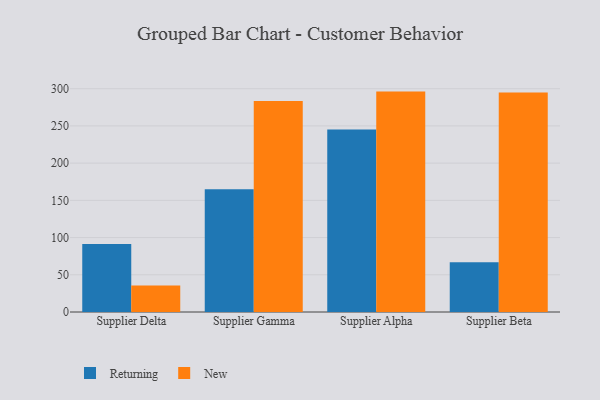
{"axis": {"x": "Supplier", "y": "Humidity (%)"}, "legend": ["New", "Returning"], "data": [{"x": "Supplier Delta", "y": 91.3, "type": "Returning"}, {"x": "Supplier Delta", "y": 35.6, "type": "New"}, {"x": "Supplier Gamma", "y": 165.0, "type": "Returning"}, {"x": "Supplier Gamma", "y": 283.4, "type": "New"}, {"x": "Supplier Alpha", "y": 245.1, "type": "Returning"}, {"x": "Supplier Alpha", "y": 296.1, "type": "New"}, {"x": "Supplier Beta", "y": 66.7, "type": "Returning"}, {"x": "Supplier Beta", "y": 295.0, "type": "New"}]}